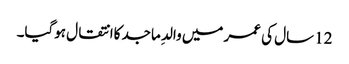
12 سال کی عمر میں والدِ ماجد کاانتقال ہوگیا۔